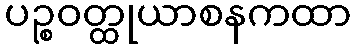
ပဉ္စဝတ္ထုယာစနကထာ